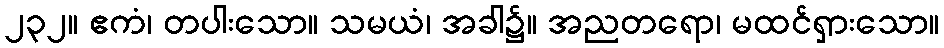
၂၃၂။ ဧကံ၊ တပါးသော။ သမယံ၊ အခါ၌။ အညတရော၊ မထင်ရှားသော။